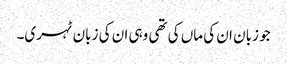
جو زبان ان کی ماں کی تھی وہی ان کی زبان ٹہری۔